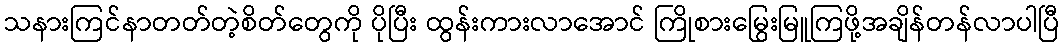
သနားကြင်နာတတ်တဲ့စိတ်တွေကို ပိုပြီး ထွန်းကားလာအောင် ကြိုစားမြွေးမြူကြဖို့အချိန်တန်လာပါပြီ